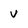
Character: v